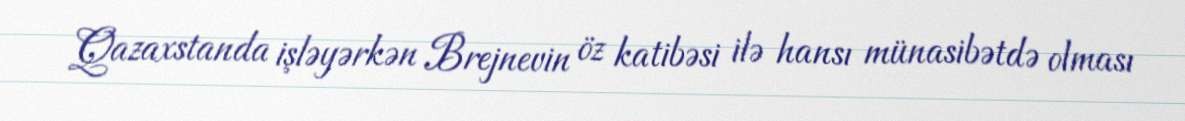
Qazaxstanda işləyərkən Brejnevin öz katibəsi ilə hansı münasibətdə olması